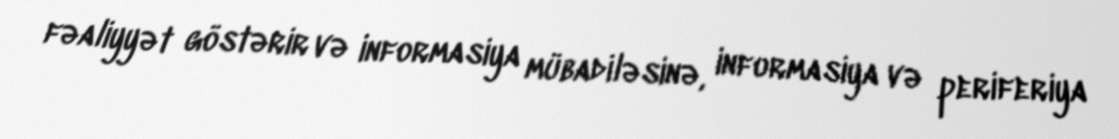
fəaliyyət göstərir və informasiya mübadiləsinə, informasiya və periferiya